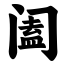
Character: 阖